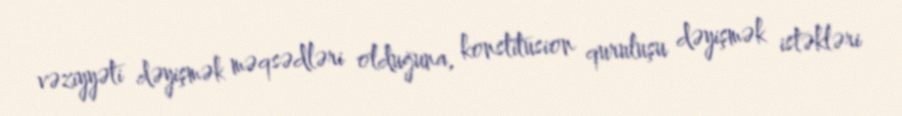
vəziyyəti dəyişmək məqsədləri olduğuna, konstitusion quruluşu dəyişmək istəkləri